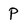
Character: P